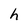
Character: h